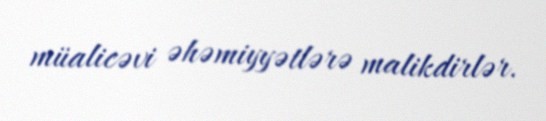
müalicəvi əhəmiyyətlərə malikdirlər.